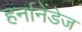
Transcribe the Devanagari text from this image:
हर्नानेंडेज